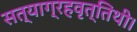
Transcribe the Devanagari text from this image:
सत्याग्रहवृत्तिथी।